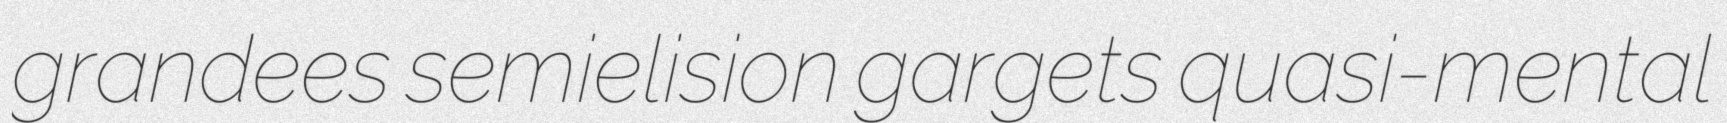
grandees semielision gargets quasi-mental